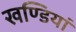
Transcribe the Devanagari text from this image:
खण्डियां